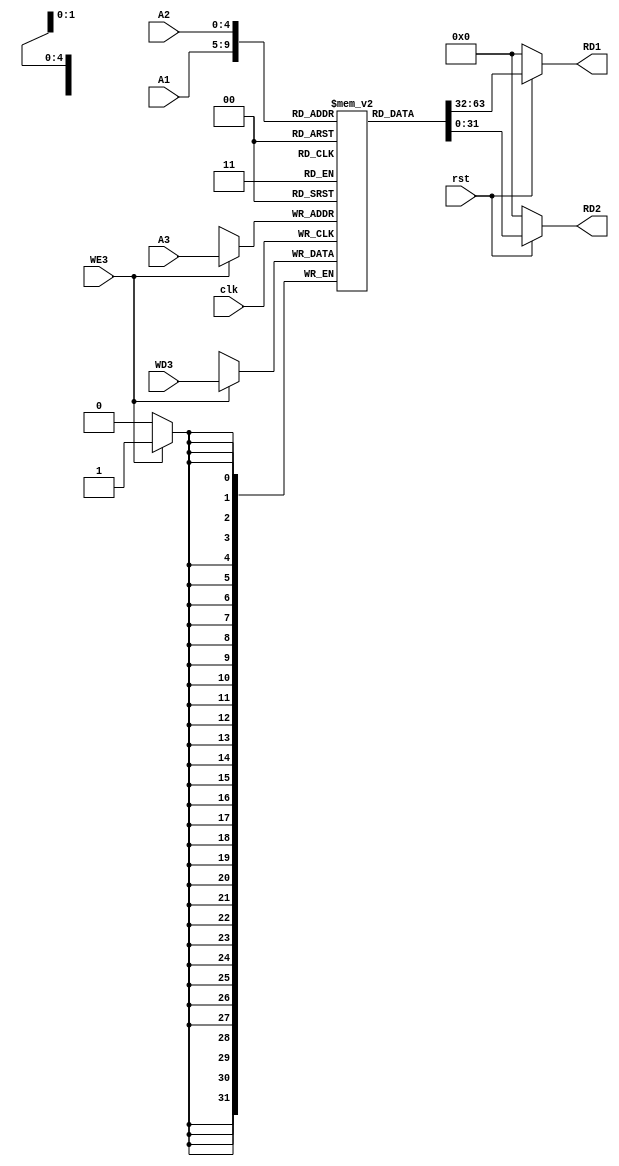
`timescale 1ns / 1ps
//////////////////////////////////////////////////////////////////////////////////
// Company: 
// Engineer: 
// 
// Design Name: 
// Module Name: Reg_file
// Project Name: 
// Target Devices: 
// Tool Versions: 
// Description: 
// 
// Dependencies: 
// 
// Revision:
// Revision 0.01 - File Created
// Additional Comments:
// 
//////////////////////////////////////////////////////////////////////////////////

module Register_File(clk,rst,WE3,WD3,A1,A2,A3,RD1,RD2);

    input clk,rst,WE3;
    input [4:0]A1,A2,A3;
    input [31:0]WD3;
    output [31:0]RD1,RD2;

    reg [31:0] Register [31:0];

    always @ (posedge clk)
    begin
        if(WE3)
            Register[A3] <= WD3;
    end

    assign RD1 = (~rst) ? 32'd0 : Register[A1];
    assign RD2 = (~rst) ? 32'd0 : Register[A2];

    initial begin
        Register[5] = 32'h00000005;
        Register[6] = 32'h00000004;
        
    end

endmodule